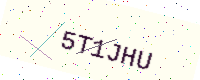
Text: 5T1JHU